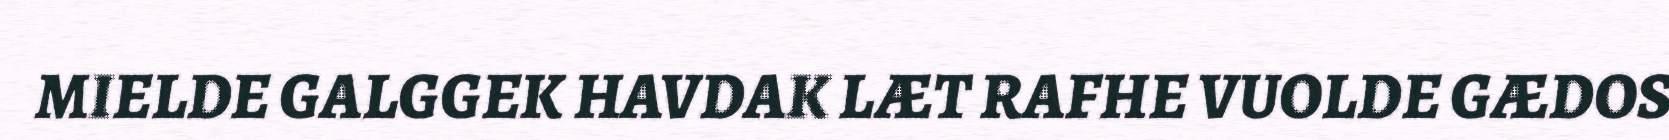
MIELDE GALGGEK HAVDAK LÆT RAFHE VUOLDE GÆDOS